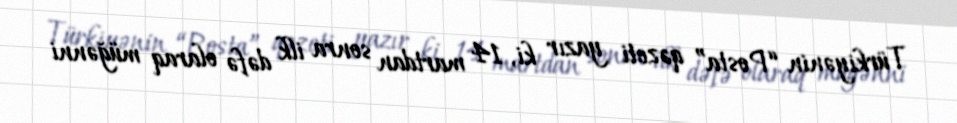
Türkiyənin “Posta” qəzeti yazır ki, 14 martdan sonra ilk dəfə olaraq müğənni